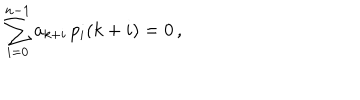
\sum _ { i = 0 } ^ { n - 1 } a _ { k + i } \, p _ { i } ( k + i ) = 0 \, ,